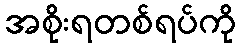
အစိုးရတစ်ရပ်ကို